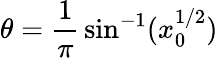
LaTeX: \theta={\frac{1}{\pi}}\sin^{-1}(x_{0}^{1/2})